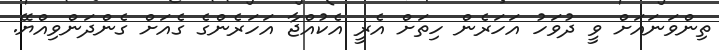
ތިންވަނައަށް ވީ ދުވަހު އަހަރެން ހިތަށް އެރީ އެކުއްޖާ އަހަރެންގެ ގެއަށް ގެންދަންވިއްޔޭ.